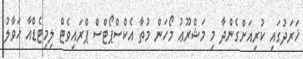
ޚަރަދުގައި ކުރިއަށްގެންދާ މި މަޝްރޫޢު މޯހަން މުތާ އެކްސްޕޯޓްސް ޕްރައިވެޓް ލިމިޓެޑްއާ ޙަވާލު